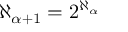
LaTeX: \aleph _ { \alpha + 1 } = 2 ^ { \aleph _ { \alpha } }